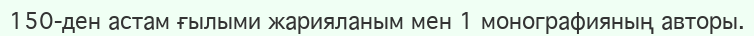
150-ден астам ғылыми жарияланым мен 1 монографияның авторы.